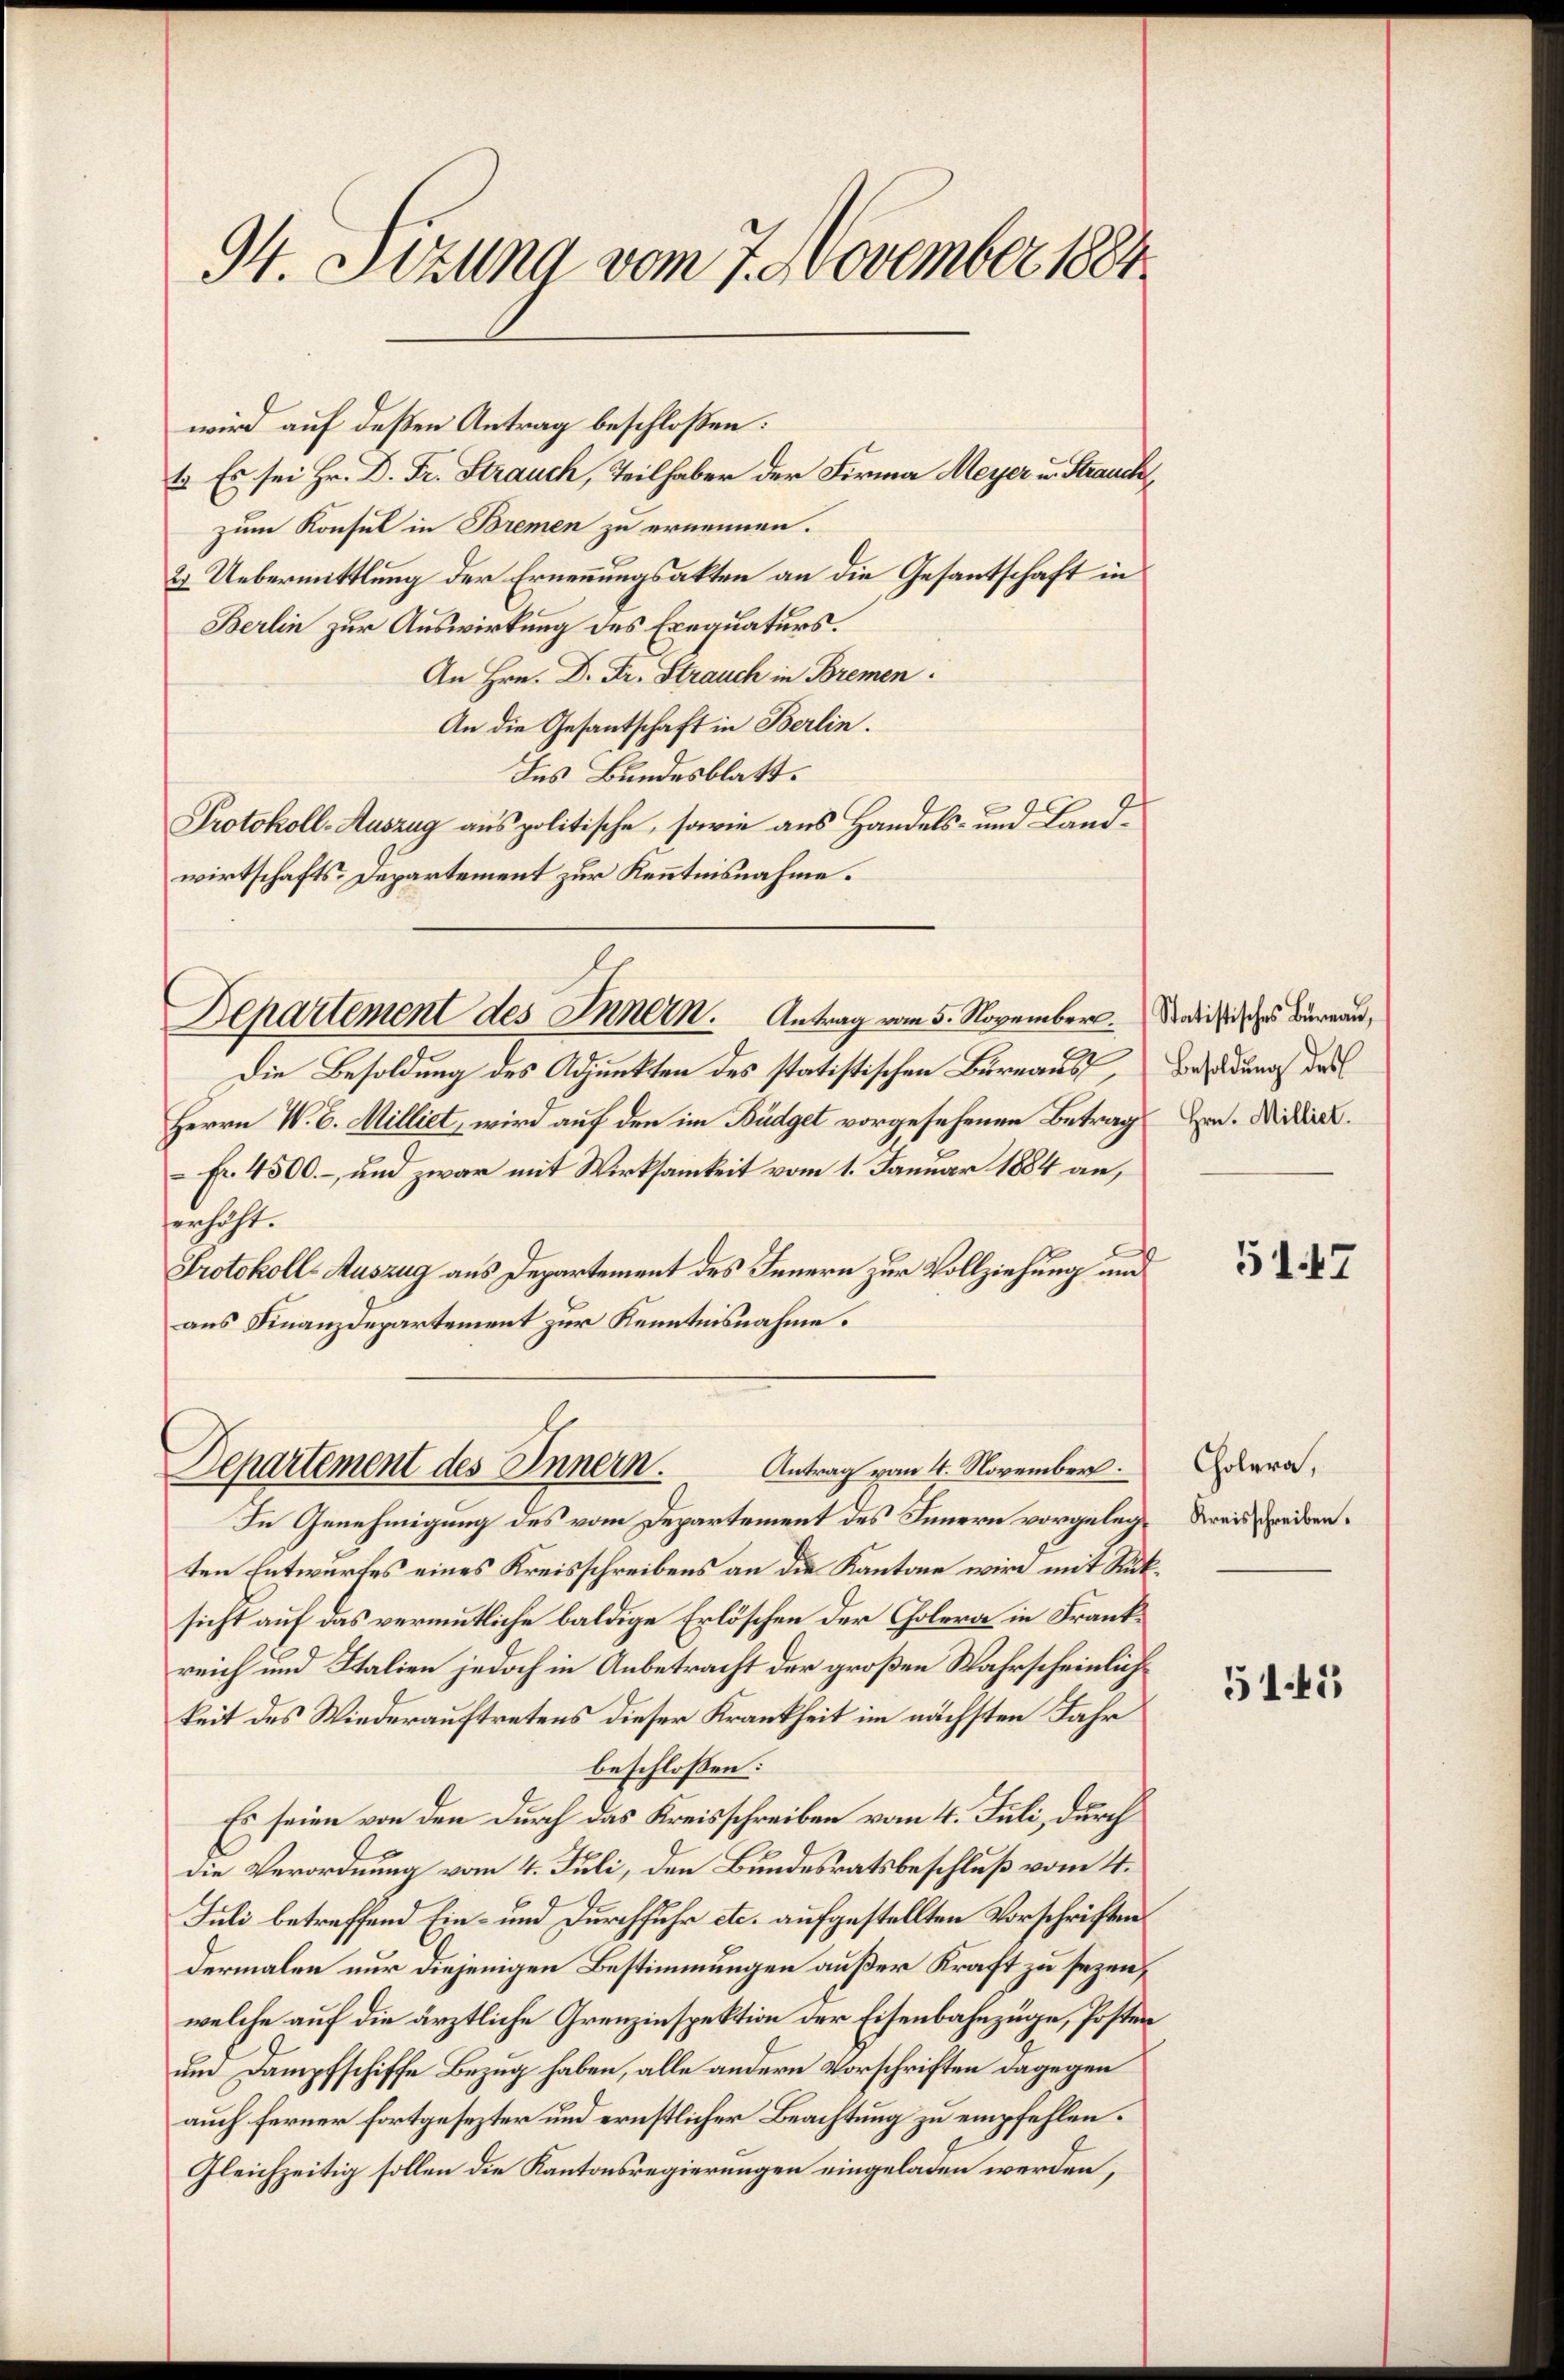
94. Sezung vom 7. November 1884

wird auf deßen Antrag beschloßen:
zum Konsul in Bremen zu ernennen.
2. Uebermittlung der Ernennungsakten an die Gesantschaft in
Berlin zur Auswirkung des Erequaturs.
An Hrn. Dr. Fr. Strauch in Bremen
An die Gesantschaft in Berlin.
Ins Bundesblatt.
Protokoll-Auszug aus politische, sowie aus Handels- und Landwirtschafts-Departement zur Kenntnisnahme.

t. Es sei Hr. D. Fr. Strauch, Teilhaber der Firma Meyer u. Strauch

Departement des Innern. Antrag vom 5. November.

Die Besoldung des Adjunkten des statistischen Bureaus,
Herrn W. B. Milliet, wird auf den im Büdget vorgesehenen Betrag
Fr. 4500. – und zwar mit Wirksamkeit vom 1. Januar 1884 an,
erhöht.
Protokoll-Auszug aus Departement des Innern zur Vollziehung und
aus Finanzdepartement zur Kenntnisnahme.

Departement des Innern. Antrag vom 4. November.

Statistisches Büreau,
Besoldung des
Hrn. Milliet.

In Genehmigung des vom Departement des Innern vorgelegten Entwurfes eines Kreisschreibens an die Kantone wird mit Rüksicht auf das vermutliche baldige Erlöschen der Cholera in Frankreich und Italien jedoch in Anbetracht der großen Wahrscheinlichkeit des Wiederauftretens dieser Krankheit im nächsten Jahr
beschlossen:
Es seien von den durch das Kreisschreiben vom 4. Juli, durch
die Verordnung vom 4. Juli, den Bundesratsbeschluß vom 4.
Juli betreffend Ein- und Durchfuhr etc. aufgestellten Vorschriftendermalen nur diejenigen Bestimmungen außer Kraft zu sezen,
welche auf die ärztliche Grenzinspektion der Eisenbahnzüge, Poster
um Dampfschiffe Bezug haben, alle andern Vorschriften dagegen
auch ferner fortgesezter und ernstlicher Beachtung zu empfehlen.
Gleichzeitig sollen die Kantonsregierungen eingeladen werden,

5147

Cholera,
Kreisschreiben.

5141